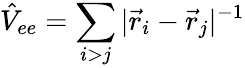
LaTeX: \hat{V}_{ee}=\sum_{i>j}|\vec{r}_{i}-\vec{r}_{j}|^{-1}